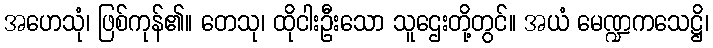
အဟေသုံ၊ ဖြစ်ကုန်၏။ တေသု၊ ထိုငါးဦးသော သူဌေးတို့တွင်။ အယံ မေဏ္ဍကသေဋ္ဌိ၊